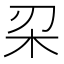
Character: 𣏉